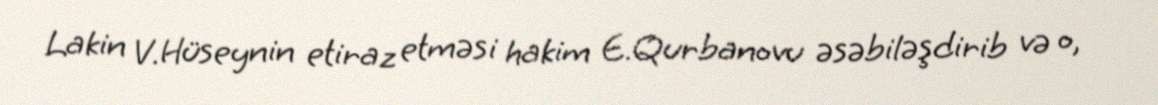
Lakin V.Hüseynin etiraz etməsi hakim E.Qurbanovu əsəbiləşdirib və o,